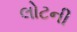
લોટની